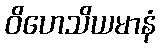
ဝိဟေသိယမာနံ